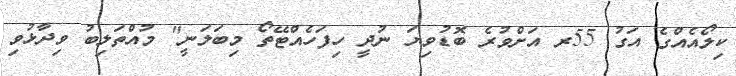
ކިލޯއެއްގެ އަގު 55ރ އަށްވުރެ ބޮޑުވިޔަ ނުދީ ހިފަހެއްޓޭތޯ މިބަލަނީ" މުއްތަލިބު ވިދާޅުވި